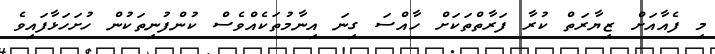
މި ފެއާއަށް ޒިޔާރަތް ކުރާ ފަރާތްތަކަށް ހާއްސަ ގިނަ އިނާމުތަކެއްވެސް ކުންފުނިތަކުން ހުށަހަޅާފައިވެ